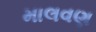
માલવણ